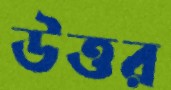
উত্তর